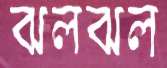
ঝলঝল